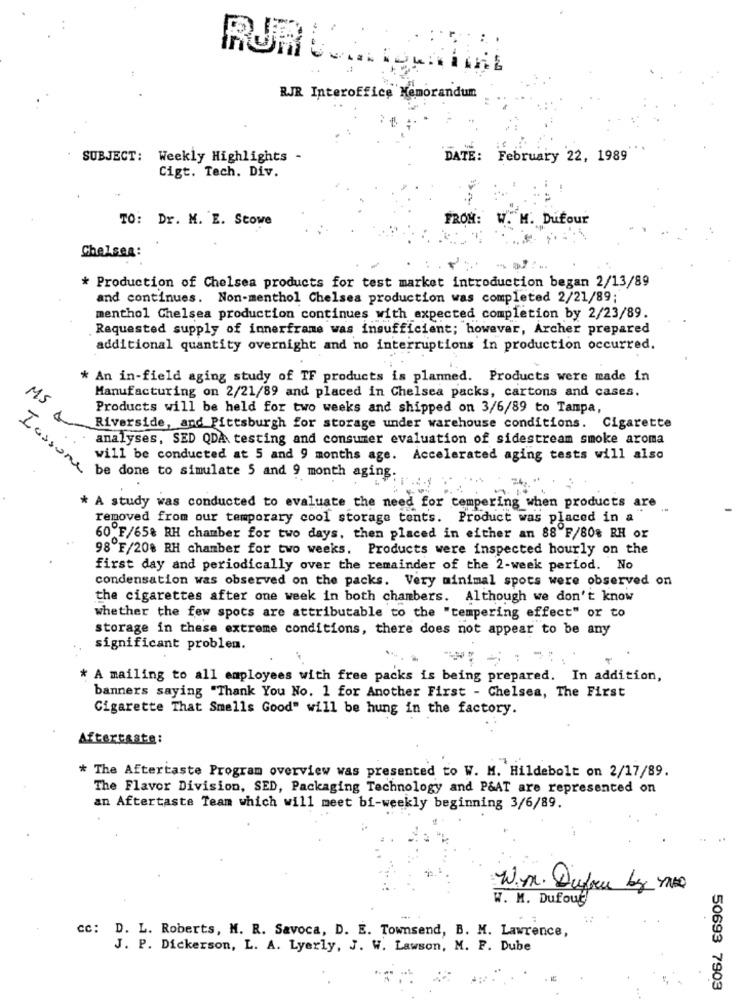
...
RJR Interoffice Memorandum
SUBJECT:
Weekly Highlights -
DATE: February 22, 1989
Cigt. Tech. Div.
TO: Dr. M. E. Stowe
FROM: W. M. Dufour
Chelsea:
* Production of Chelsea products for test market introduction began 2/13/89
and continues. Non-menthol Chelsea production was completed 2/21/89;
menthol Chelsea production continues with expected completion by 2/23/89.
Requested supply of innerframe was insufficient; however, Archer prepared
additional quantity overnight and no interruptions in production occurred.
* An in-field aging study of TF products is planned. Products were made in
Manufacturing on 2/21/89 and placed in Chelsea packs, cartons and cases.
MS
Products will be held for two weeks and shipped on 3/6/89 to Tampa,
Riverside, and Pittsburgh for storage under warehouse conditions. Cigarette
analyses, SED QDA testing and consumer evaluation of sidestream smoke aroma
will be conducted at 5 and 9 months age. Accelerated aging tests will also
Casun done to simulate some month aging.
* A study was conducted to evaluate the need for tempering when products are
removed from our temporary cool storage tents. Product was placed in a
..
60ºF/65% RH chamber for two days, then placed in either an 88 F/80% RH or
98 F/20% RH chamber for two weeks. Products were inspected hourly on the
first day and periodically over the remainder of the 2-week period. No
condensation was observed on the packs. Very minimal spots were observed on
the cigarettes after one week in both chambers. Although we don't know
whether the few spots are attributable to the "tempering effect" or to
storage in these extreme conditions, there does not appear to be any
significant problem.
* A mailing to all employees with free packs is being prepared. In addition,
banners saying "Thank You No. 1 for Another First - Chelsea, The First
Cigarette That Smells Good" will be hung in the factory.
Aftertaste:
* The Aftertaste Program overview was presented to W. M. Hildebolt on 2/17/89.
The Flavor Division, SED, Packaging Technology and P&AT are represented on
an Aftertaste Team which will meet bi-weekly beginning 3/6/89.
W.M. Dufau by 2010
W. M. Dufoug
cc: D. L. Roberts, M. R. Savoca, D. E. Townsend, B. M. Lawrence,
J. P. Dickerson, L. A. Lyerly, J. W. Lawson, M. F. Dube
50693 7903